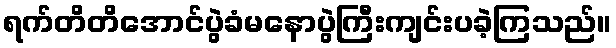
ရက်တိတိအောင်ပွဲခံမနောပွဲကြီးကျင်းပခဲ့ကြသည်။